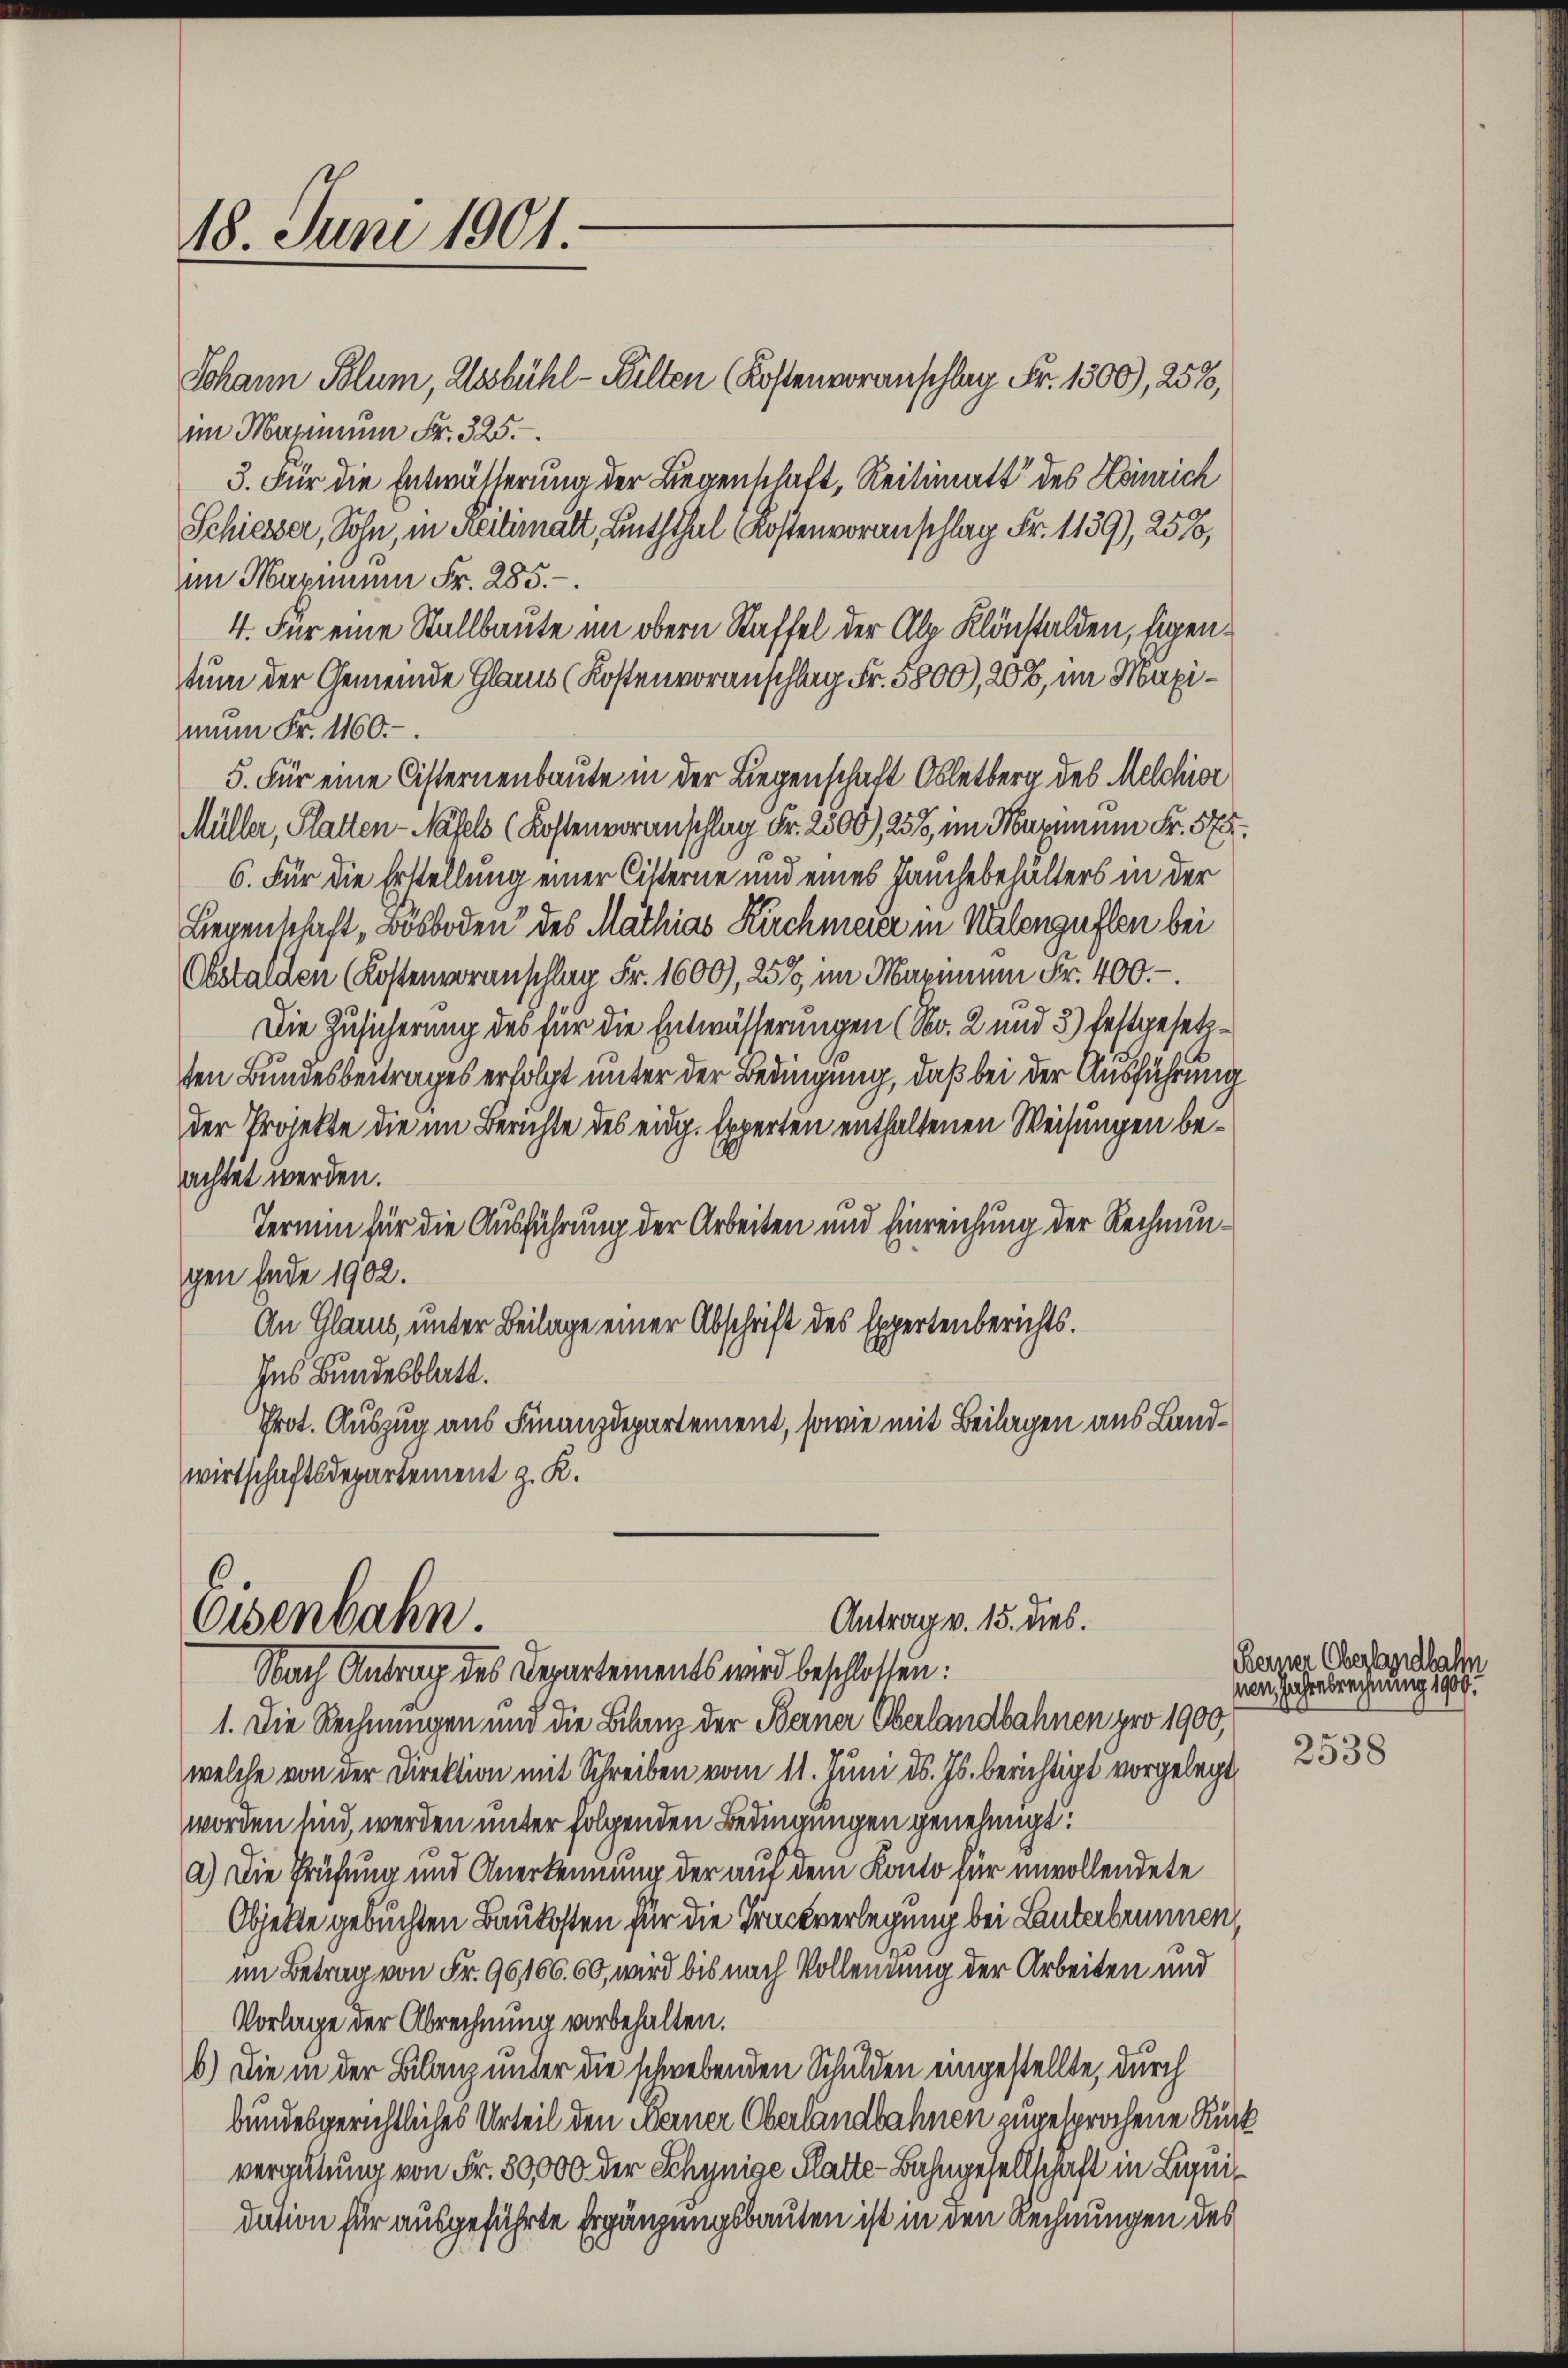
18. Juni 1901.

Johann Blum, alssbühl-Wilten Kostenvoranschlag Fr. 1300), 258,
im Marium Fr. 325.
3. Für die Entwässerung der Liegenschaft, Reitimatt des Heinrich
Schiesser, Sohn, in Reitemalt, Linththal (Kostenvoranschlag Fr. 1139), 251,
im Maximum Fr. 285.
4. Für eine Stallbaute im obern Staffel der Ale Klönstalden, Eigentum der Gemeinde Glarus (Kostenvoranschlag Fr. 3800), 20%, im Maxinum Fr. 1160.
5. Für eine Cisternenbaute in der Liegenschaft Obletberg des Melchior
Müller, Platten-Näfels (Kostenvoranschlag Fr. 2300), 258, im Turinum Fr. 57
6. Für die Erstellung einer Cisterne und eines Hanchebehälters in der
Liegenschaft „Bosboden des Mathias Kirchmeier in Walenguflen bei
Obstalden (Kostenvoranschlag Fr. 1600), 25%, im Maximum Fr. 400.-
Die Zusicherung des für die Entwässerungen (Nr. 2 und 3) festgesetzten Bundesbeitrages erfolgt unter der Bedingung, daß bei der Ausführung
der Projekte die im Berichte des eidg. Experten enthaltenen Weisungen beachtet werden.
Termin für die Ausführung der Arbeiten und Einreichung der Rechnungen Ende 1902.
An Glarus, unter Beilage einer Abschrift des Expertenberichts.
Ins Bundesblatt.
Prot. Auszug aus Finanzdepartement, sowie mit Beilagen aus Landwirtschaftsdepartement z. K.

Antrag v. 15. dies.
Osenbahn.
Nach Antrag des Departements wird beschlossen:

1. Die Rechnungen und die Bilanz der Berner Oberlandbahnen pro 1900,
welche von der Direktion mit Schreiben vom 11. Juni d. Js. berichtigt vorgelegt,
worden sind, werden unter folgenden Bedingungen genehmigt:
a.) Die Prüfung und Anerkennung der auf dem Konto für unvollendete
Objekte gebuchten Baukosten für die Trückverlegung bei Lanterbrunnen
im Betrag von Fr. 96166. 60, wird bis nach Vollendung der Arbeiten und
Vorlage der Abrechnung vorbehalten.
6) Die in der Bilanz under die schwebenden Schulden eingestellte, durch
bundesgerichtliches Urteil den Kerner Oberlandbahnen zugesprochene Rück
vergütung von Fr. 80,000 der Schynige Platte-Bahngesellschaft in Lignis
dation für ausgeführte Ergänzungsbauten ist in den Rechnungen des

Berger Oberlandbahn
nen Jahresrechnung 1909.

2538